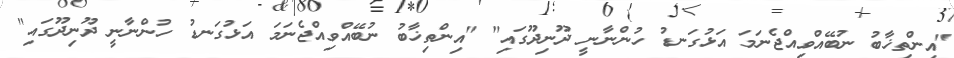
"އިންތިޚާބު ނުބޭއްވިއްޖެނަމަ އަޅުގަނޑު ހުންނާނީ ދޫނިދޫގައި" "އިންތިޚާބު ނުބޭއްވިއްޖެނަމަ އަޅުގަނޑު ހުންނާނީ ދޫނިދޫގައި"